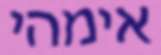
אימהי